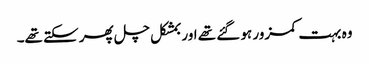
وہ بہت کمزور ہو گئے تھے اور بمشکل چل پھر سکتے تھے۔